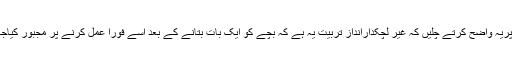
یہاںپریہ واضح کرتے چلیں کہ غیر لچکدارانداز تربیّت یہ ہے کہ بچے کو ایک بات بتانے کے بعد اسے فورًا عمل کرنے پر مجبور کیاجائے۔